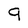
Character: 9